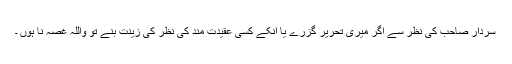
سردار صاحب کی نظر سے اگر میری تحریر گزرے یا انکے کسی عقیدت مند کی نظر کی زینت بنے تو واللہ غصہ نا ہوں ۔